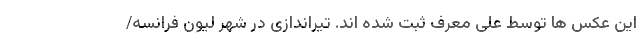
این عکس ها توسط علی معرف ثبت شده اند. تیراندازی در شهر لیون فرانسه/